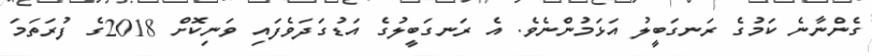
ގެންނާނެ ކަމުގެ ރަނގަބީލު އަޅަމުންނެވެ. އެ ރަނގަބީލުގެ އަޑުގަދަވެފައި ވަނިކޮށް 2018ގެ ފުރަތަމަ